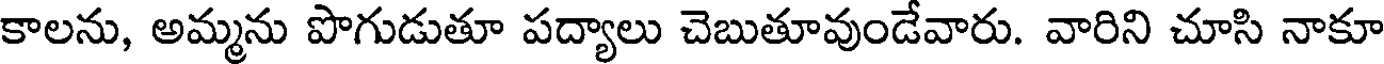
కాలను, అమ్మను పొగుడుతూ పద్యాలు చెబుతూవుండేవారు. వారిని చూసి నాకూ